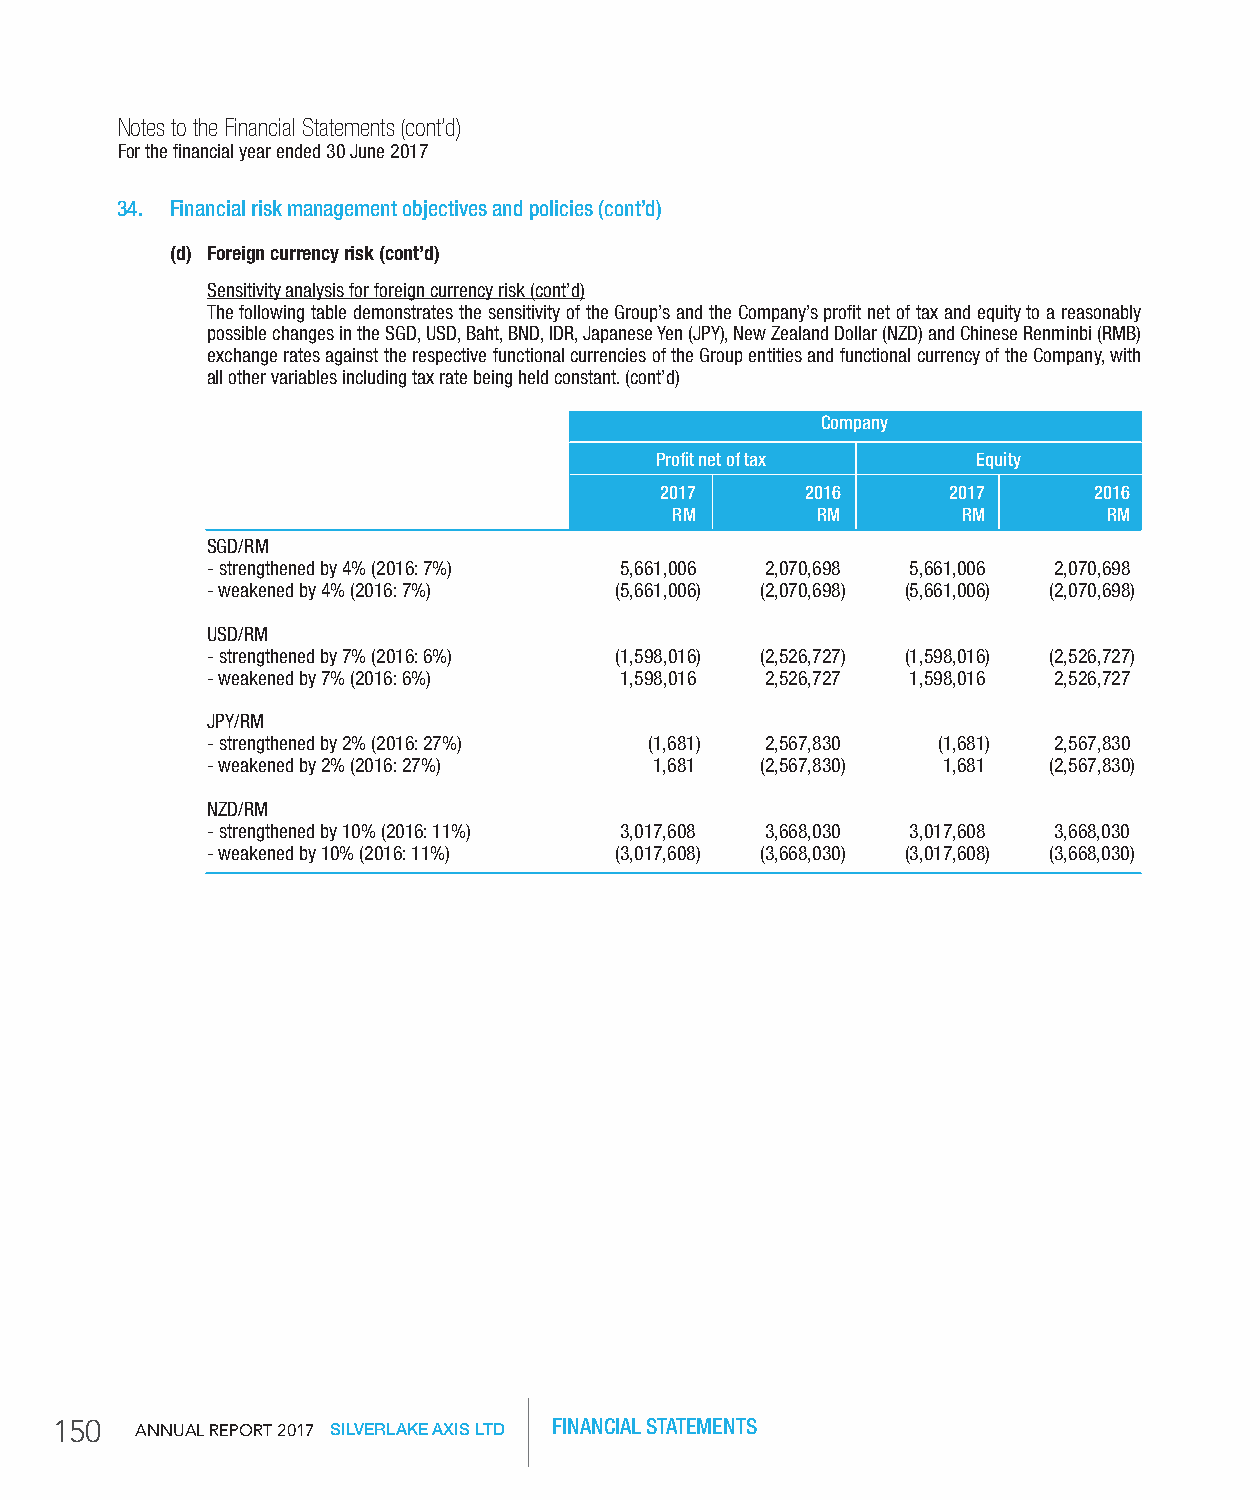
Notes to the Financial Statements (cont’d)
 For the financial year ended 30 June 2017
 34. Financial risk management objectives and policies (cont’d)
 (d) Foreign currency risk (cont’d)
 Sensitivity analysis for foreign currency risk (cont’d)
 The following table demonstrates the sensitivity of the Group’s and the Company’s profit net of tax and equity to a reasonably
 possible changes in the SGD, USD, Baht, BND, IDR, Japanese Yen (JPY), New Zealand Dollar (NZD) and Chinese Renminbi (RMB)
 exchange rates against the respective functional currencies of the Group entities and functional currency of the Company, with
 all other variables including tax rate being held constant. (cont’d)
 Company
 Profit net of tax     Equity
 2017     2016      2017     2016
 rM       rM        rM       rM
 SGD/RM
 - strengthened by 4% (2016: 7%) 5,661,006 2,070,698 5,661,006 2,070,698
 - weakened by 4% (2016: 7%) (5,661,006) (2,070,698) (5,661,006) (2,070,698)
 USD/RM
 - strengthened by 7% (2016: 6%) (1,598,016) (2,526,727) (1,598,016) (2,526,727)
 - weakened by 7% (2016: 6%) 1,598,016 2,526,727 1,598,016 2,526,727
 JPY/RM
 - strengthened by 2% (2016: 27%) (1,681) 2,567,830 (1,681) 2,567,830
 - weakened by 2% (2016: 27%) 1,681  (2,567,830) 1,681  (2,567,830)
 NZD/RM
 - strengthened by 10% (2016: 11%) 3,017,608 3,668,030 3,017,608 3,668,030
 - weakened by 10% (2016: 11%) (3,017,608) (3,668,030) (3,017,608) (3,668,030)
 150   AnnuAl RepoRt 2017 SILVERLAKE AXIS LTD FINANCIAL STATEMENTS